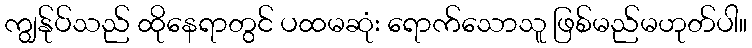
ကျွန်ုပ်သည် ထိုနေရာတွင် ပထမဆုံး ရောက်သောသူ ဖြစ်မည်မဟုတ်ပါ။